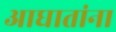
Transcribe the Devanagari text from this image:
आघातांना